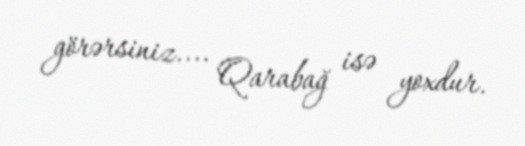
görərsiniz.... Qarabağ isə yoxdur.